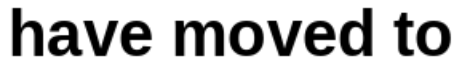
have moved to